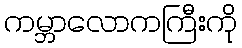
ကမ္ဘာလောကကြီးကို